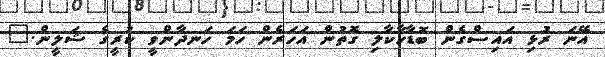
އޭނަ ރުޅި އައިސްގެން ބޮޑާހާކާލި ގޮތުން އަހަރެން ހަމަ ހަނދާންވީ ކުރީގެ ޝަލީން."